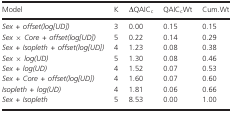
<table><thead><tr><td><b>Model</b></td><td><b>K</b></td><td><b>ΔQAIC<sub>c</sub></b></td><td><b>QAIC<sub>c</sub>Wt</b></td><td><b>Cum.Wt</b></td></tr></thead><tbody><tr><td><i>Sex + offset(log[UD])</i></td><td>3</td><td>0.00</td><td>0.15</td><td>0.15</td></tr><tr><td><i>Sex × Core + offset(log[UD])</i></td><td>5</td><td>0.22</td><td>0.14</td><td>0.29</td></tr><tr><td><i>Sex + Isopleth + offset(log[UD])</i></td><td>4</td><td>1.23</td><td>0.08</td><td>0.38</td></tr><tr><td><i>Sex × log(UD)</i></td><td>5</td><td>1.30</td><td>0.08</td><td>0.46</td></tr><tr><td><i>Sex + log(UD)</i></td><td>4</td><td>1.52</td><td>0.07</td><td>0.53</td></tr><tr><td><i>Sex + Core + offset(log[UD])</i></td><td>4</td><td>1.60</td><td>0.07</td><td>0.60</td></tr><tr><td><i>Isopleth + log(UD)</i></td><td>4</td><td>1.81</td><td>0.06</td><td>0.66</td></tr><tr><td><i>Sex + Isopleth</i></td><td>5</td><td>8.53</td><td>0.00</td><td>1.00</td></tr></tbody></table>